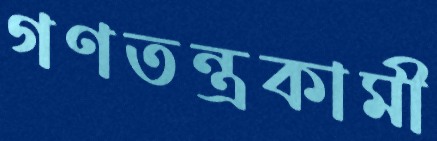
গণতন্ত্রকামী